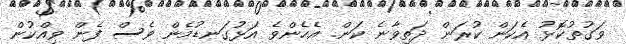
ވަގުތުކޮޅު އެކަން ކުރަން ދަތިވާނެ ކަން. އެހެންވެ އަޅުގަނޑުމެން ވެސް ފެން ވިއްކުން